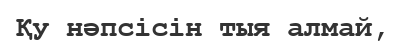
Қу нәпсісін тыя алмай,